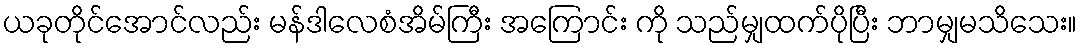
ယခုတိုင်အောင်လည်း မန်ဒါလေစံအိမ်ကြီး အကြောင်း ကို သည်မျှထက်ပိုပြီး ဘာမျှမသိသေး။